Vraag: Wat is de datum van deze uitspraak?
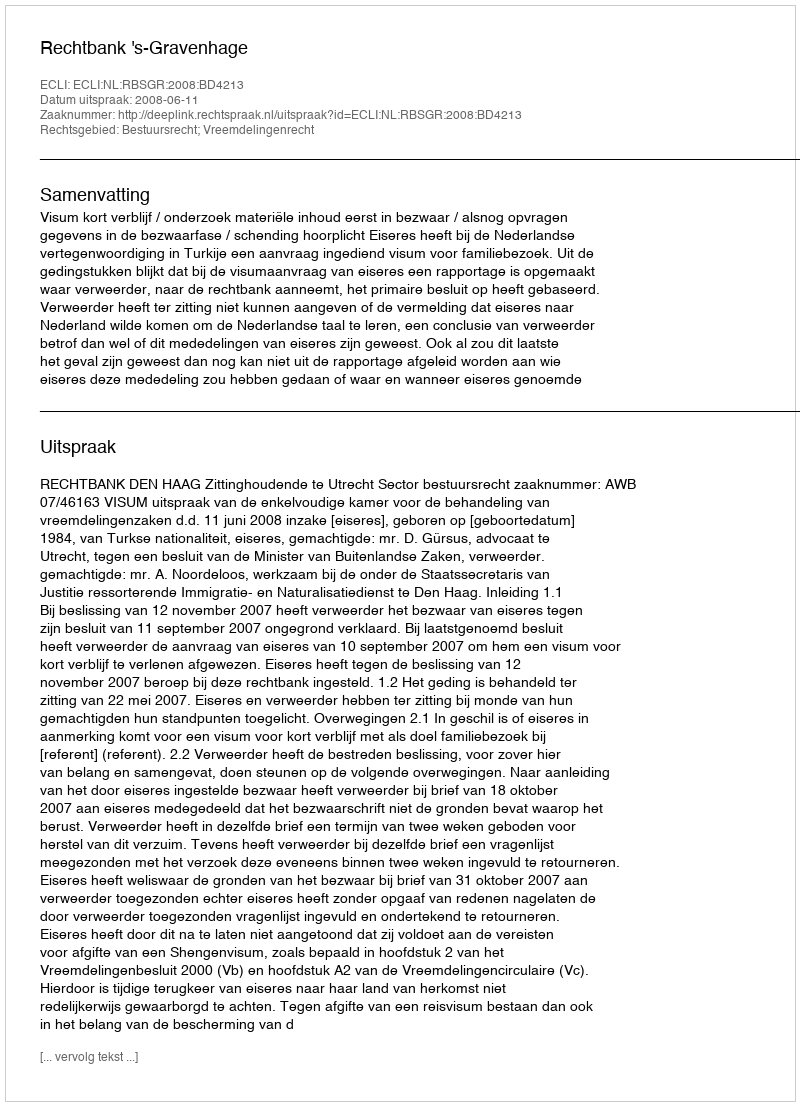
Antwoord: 2008-06-11